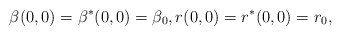
\begin{align*} \beta(0,0)=\beta^\ast(0,0)=\beta_0,r(0,0)=r^\ast(0,0)=r_0,\end{align*}